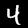
Label: 4